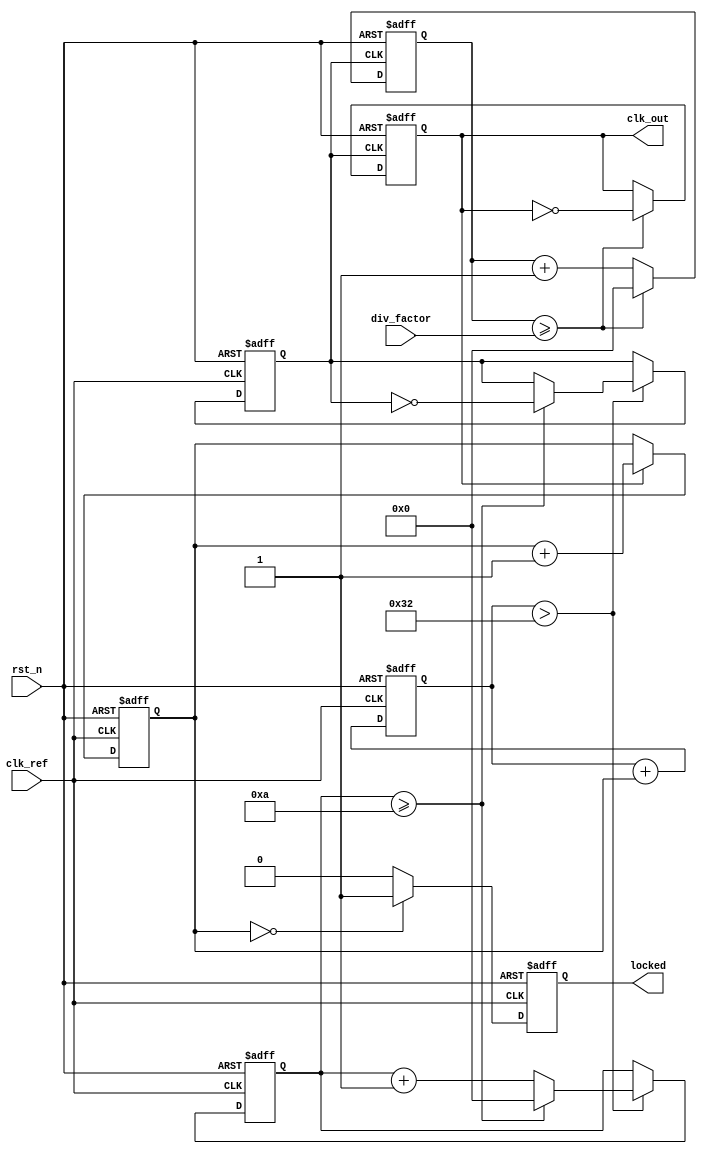
module low_jitter_pll (
    input wire clk_ref,          // Reference clock input
    input wire rst_n,           // Active low reset
    input wire [3:0] div_factor, // Divider factor for feedback
    output wire clk_out,        // PLL output clock
    output wire locked          // PLL lock status
);

// Parameters
parameter integer VCO_MAX_FREQ = 100; // Maximum VCO frequency (in MHz)
parameter integer VCO_MIN_FREQ = 10;   // Minimum VCO frequency (in MHz)

// Internal signals
reg [3:0] phase_error;              // Phase error signal from PD
reg [7:0] control_voltage;           // Control voltage for VCO
reg vco_enable;                      // VCO enable signal
reg [3:0] vco_count;                 // VCO counter
reg clk_vco;                         // VCO output clock
reg [3:0] divider_count;             // Divider counter
reg locked_reg;                      // Lock status register

// Phase Detector (PD)
always @(posedge clk_ref or negedge rst_n) begin
    if (!rst_n) begin
        phase_error <= 0;
    end else begin
        // Simple phase comparison logic (not detailed)
        // Assume clk_out is sampled to determine phase
        if (clk_out) begin
            phase_error <= phase_error + 1; // Increment phase error
        end
    end
end

// Loop Filter (LF) - Simple proportional filter
always @(posedge clk_ref or negedge rst_n) begin
    if (!rst_n) begin
        control_voltage <= 0;
    end else begin
        control_voltage <= control_voltage + phase_error; // Adjust control voltage
    end
end

// Voltage-Controlled Oscillator (VCO)
always @(posedge clk_ref or negedge rst_n) begin
    if (!rst_n) begin
        vco_count <= 0;
        clk_vco <= 0;
        vco_enable <= 0;
    end else if (control_voltage > (VCO_MAX_FREQ / 2)) begin
        vco_enable <= 1; // Enable VCO when control voltage is sufficient
        vco_count <= vco_count + 1;
        if (vco_count >= (VCO_MAX_FREQ / 10)) begin // Adjust frequency scaling
            clk_vco <= ~clk_vco;
            vco_count <= 0;
        end
    end else begin
        vco_enable <= 0;
    end
end

// Feedback Divider
always @(posedge clk_vco or negedge rst_n) begin
    if (!rst_n) begin
        divider_count <= 0;
        clk_out <= 0;
    end else begin
        if (divider_count >= div_factor) begin
            clk_out <= ~clk_out; // Toggle output clock
            divider_count <= 0;
        end else begin
            divider_count <= divider_count + 1;
        end
    end
end

// Lock detection logic
always @(posedge clk_ref or negedge rst_n) begin
    if (!rst_n) begin
        locked_reg <= 0;
    end else begin
        // Simple lock detection logic (not detailed)
        if (phase_error == 0) begin
            locked_reg <= 1; // Locked when phase error is zero
        end else begin
            locked_reg <= 0;
        end
    end
end

assign locked = locked_reg;

endmodule